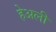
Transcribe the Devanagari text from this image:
हेअली